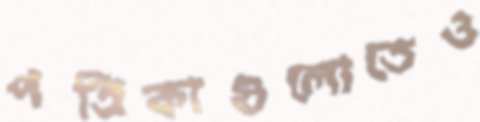
পত্রিকাগুলোতেও